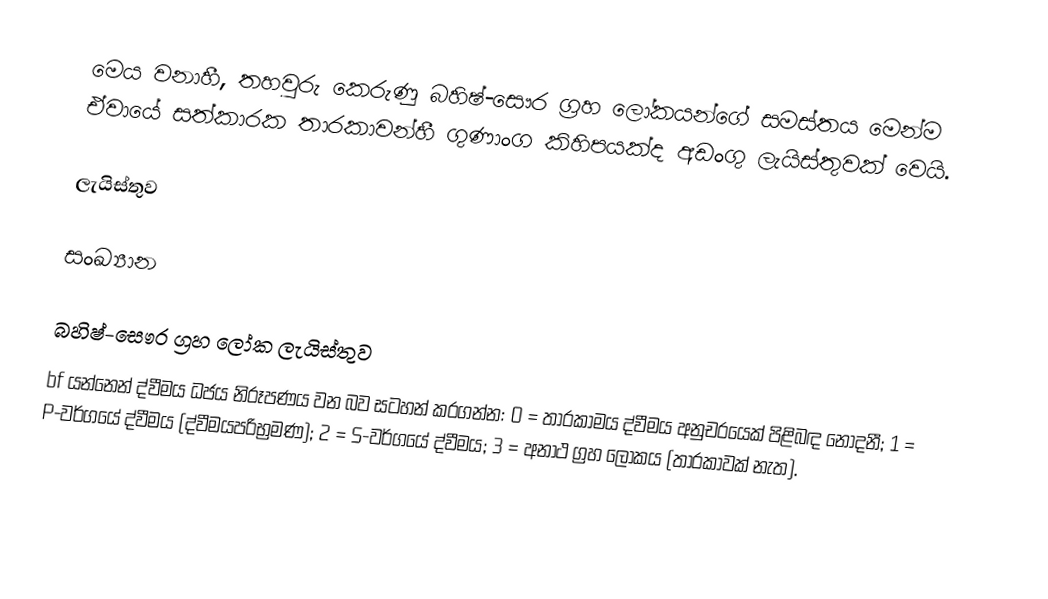
මෙය වනාහී, තහවුරු කෙරුණු  බහිෂ්-සෞර ග්‍රහ ලෝකයන්ගේ සමස්තය මෙන්ම ඒවායේ සත්කාරක තාරකාවන්හී ගුණාංග කිහිපයක්ද  අඩංගු ලැයිස්තුවක් වෙයි.

ලැයිස්තුව

සංඛ්‍යාන

බහිෂ්-සෞර ග්‍රහ ලෝක ලැයිස්තුව
bf යන්නෙන් ද්වීමය ධජය නිරූපණය වන බව සටහන් කරගන්න: 0 = තාරකාමය ද්වීමය අනුචරයෙක් පිළිබඳ නොදනී; 1 = P-වර්ගයේ ද්වීමය (ද්වීමයපරිභ්‍රමණ); 2 = S-වර්ගයේ ද්වීමය; 3 = අනාථ ග්‍රහ ලෝකය (තාරකාවක් නැත).